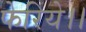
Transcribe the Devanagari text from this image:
फेरिये।।